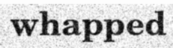
whapped